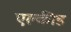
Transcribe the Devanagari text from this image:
एल्कीड